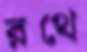
রথে